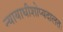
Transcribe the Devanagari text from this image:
न्यायाधीशोप्यदालतः